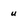
Character: u